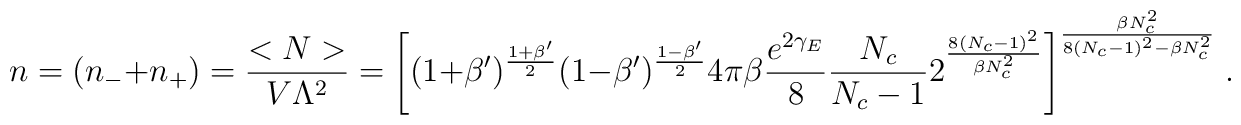
n = (n_- + n_+) = \frac{<N>}{V \Lambda^2}= \Bigg[(1+\beta')^\frac{1+\beta'}{2}(1-\beta')^\frac{1-\beta'}{2}4 \pi \beta\frac{e^{2\gamma_E}}{8}\frac{N_c}{N_c-1}2^{\frac{8(N_c-1)^2}{\beta N_c^2}} \Bigg]^\frac{\beta N_c^2}{8(N_c-1)^2 -\beta N_c^2}\;.